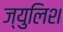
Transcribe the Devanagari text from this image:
ज्युलिश